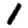
Digit: 1